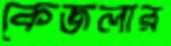
কেজলার